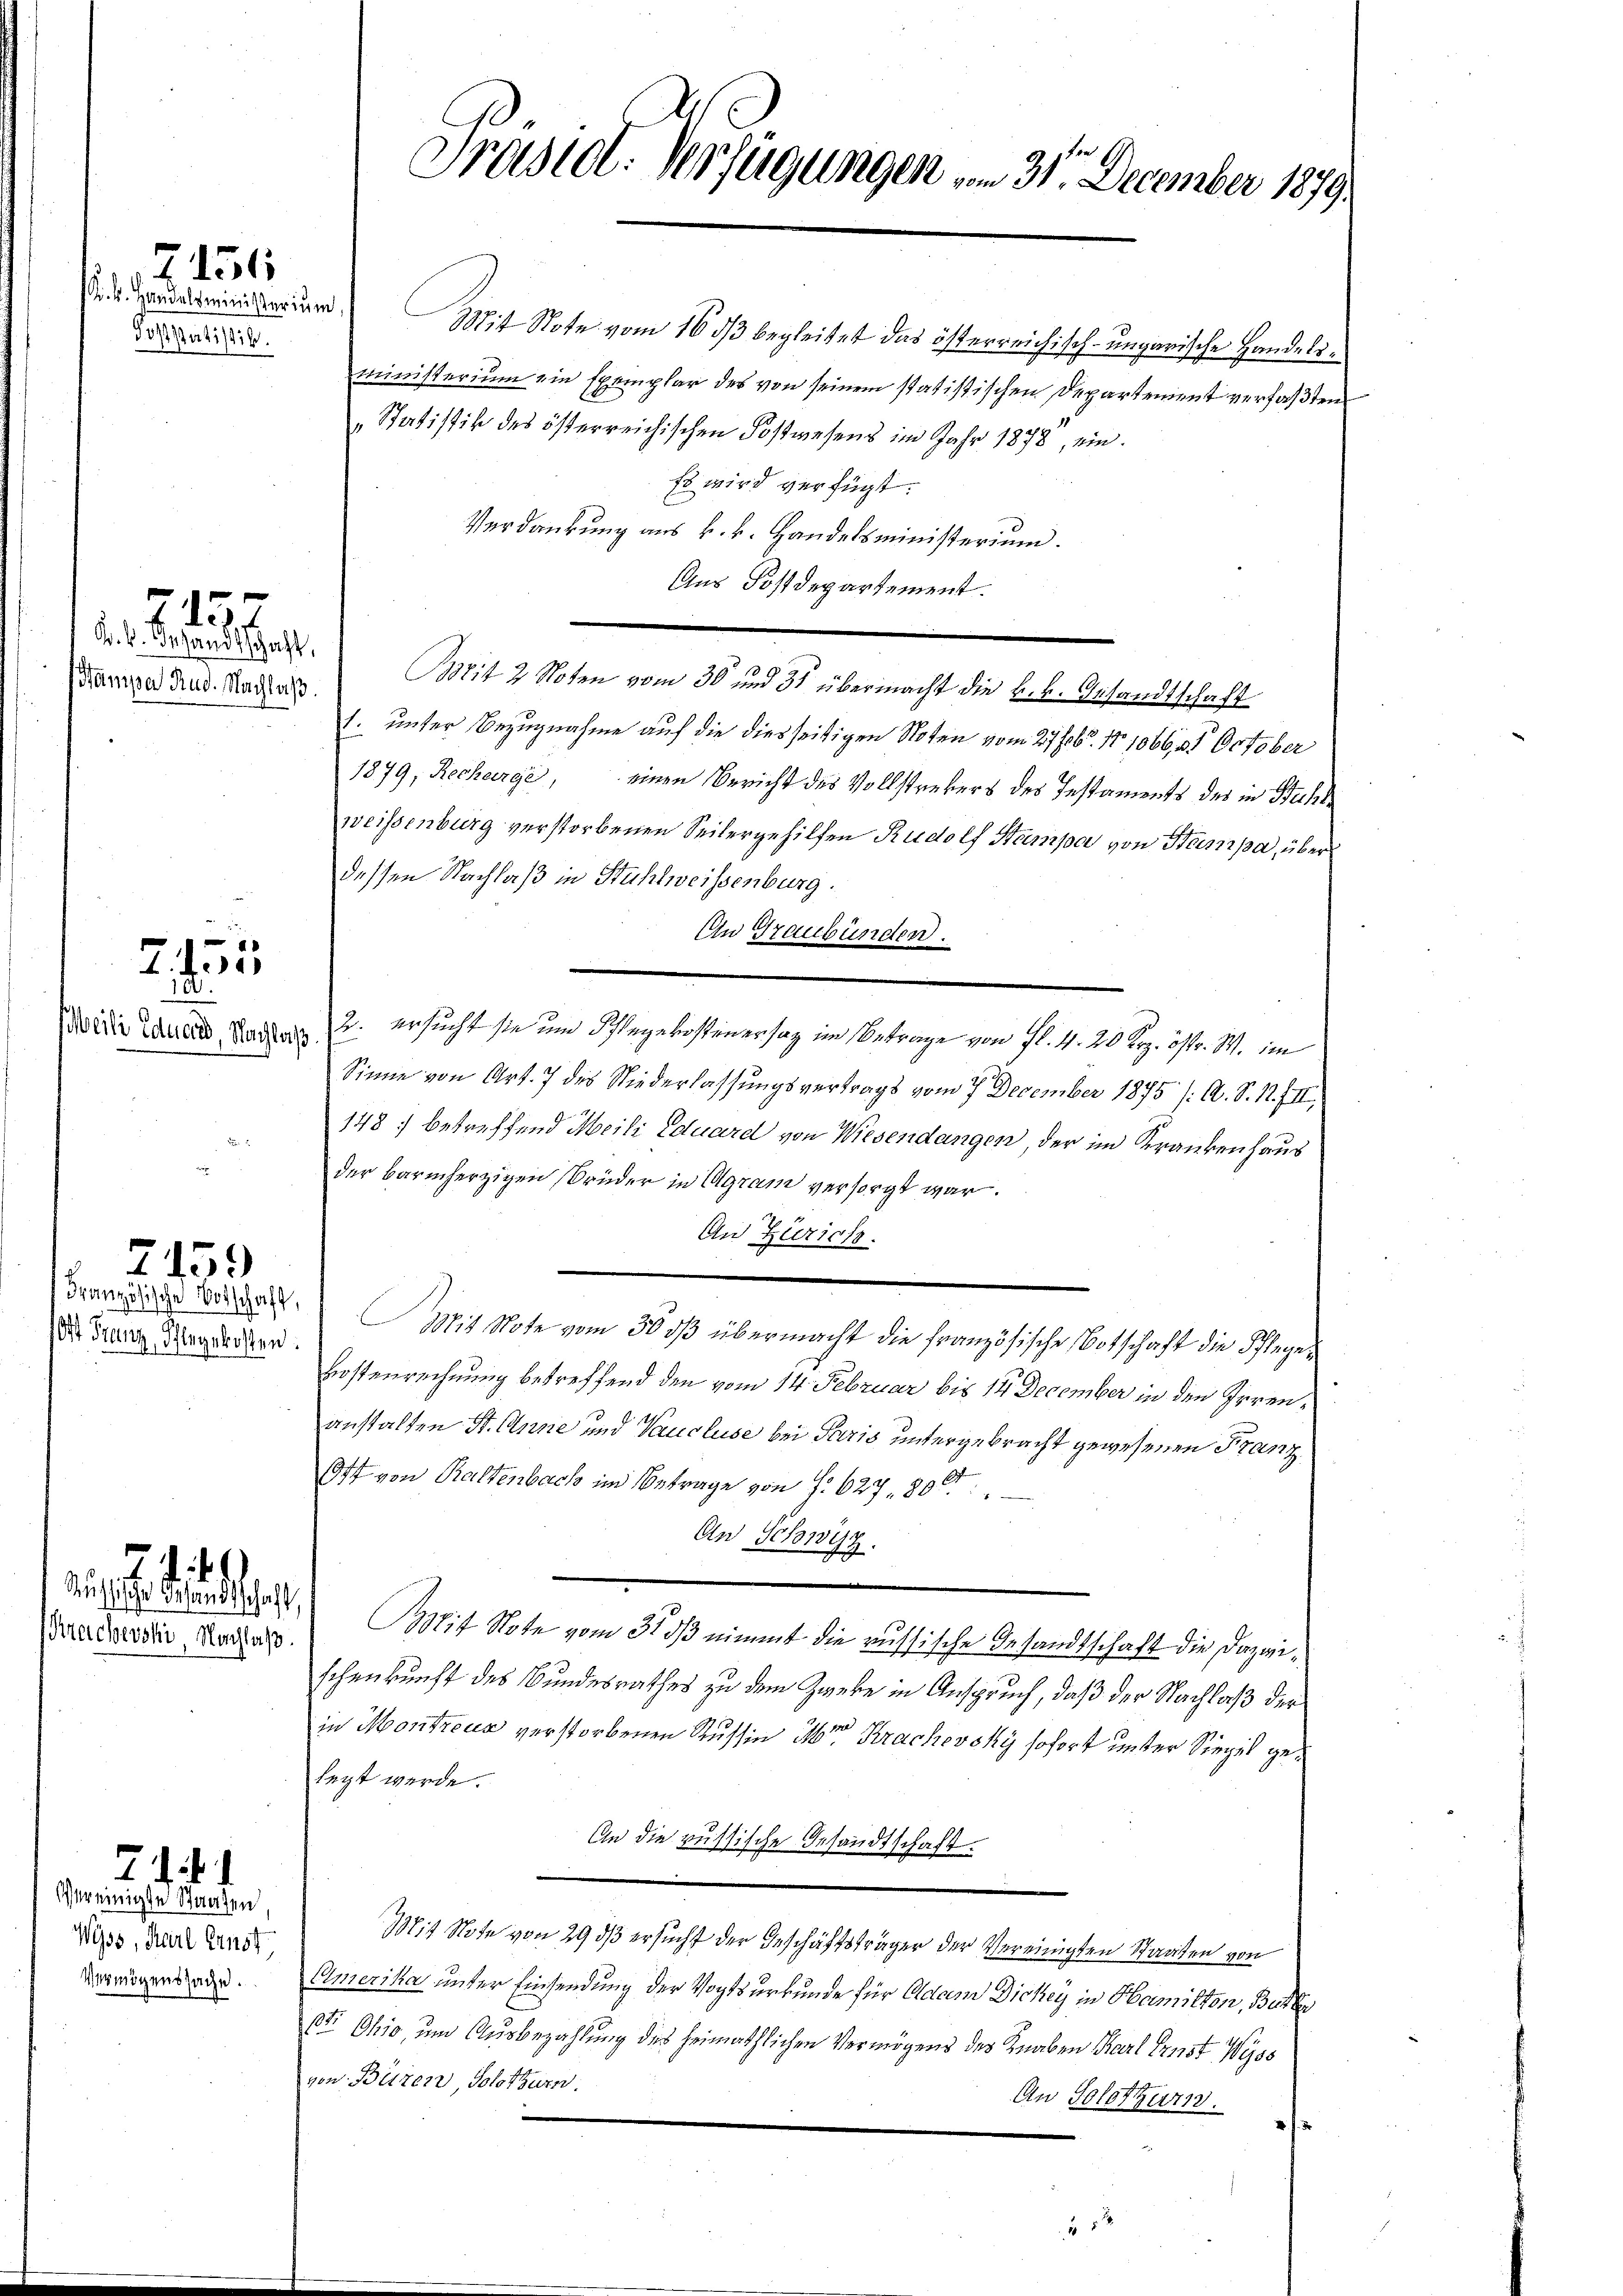
. k. Handelsministerium
Joststatistik.

7157

. . .

7.155

7151

Kr. k. Gesandtschaft,
Hanipar Rud. Nachlaß.

2
eili Eduard, Nachlaß.

745.

Vereinigte Staaten
Wyss, Karl Ernst,
Vermögenssache.

71. 1

ot Franz, Pflegekosten.

uchischer Gesandtschaft,

Mit Note vom 16. dβ begleitet das österreichisch-ungarische Handeliministerium ein Exemplar des von seinem statistischen Departement verfaßten
„Statistik des österreichischen Postwesens im Jahr 1878, ein¬
Es wird verfügt:
Verdankung aus k. k. Handelsministerium.
Aus Postdepartement.
Mit 2 Noten vom 30 und 31 übermacht die k.k. Gesandtschaft
l. unter Bezugnahme auf die diesseitigen Noten vom 27 febr. 171066, 31 October
1879, Recharge, einen Bericht des Vollstrekers des Instaments des in Buchsweissenburg verstorbenen Seitergehilfen Rudolf Stampa von Hampa, über
dessen Nachlaß in Stuhlweissenburg.
An Graubünden.
2. ersucht sie und Pflegekosten er sag im Betrage von fl. 4. 20 Koz. Ostr. W. im
Sinne von Art. 7 des Niederlassungsvertrags vom 7. December 1875 /A. S. 12. III,
148 : betreffend Meili Eduard von Wiesendangen, der im Krankenhaus
der barmherzigen Brüder in Agram versorgt war.
An Zürich.
Brande der Mit Note vom 300 übermacht die französische Botschaft die Pflegekostenrechnung betreffend den vom 14. Februar bis 14 December in den Irrenanstalten St. Anne und Vaucluse bei Paris untergebracht gewesenen Franz¬
Ott von Rattenbach im Betrage von f. 627, 800
An Schwyz.
e
Dadarste Nachan. Mit Note vom 313 nimmt die russische Gesandtschaft die Dazwischenkunft des Bundesrathes zu dem Zweke in Anspruch, daß der Nachlaß der
in Montreux verstorbenen Russin irre Krachewsky sofort unter Siegel gelegt werde.
Ain die russische Gesandtschaft.
Mit Note von 29 dß ersucht der Geschäftsträger der Vereinigten Staaten von
Amerika unter Einsendung der Vogtsurkunde für Adam Dickey in Harmitten, Butter
pt Ohio, um Ausbezahlung des heimathlichen Vermögens des Knaben Karl Ernst Wyss
von Büren, Solothurn.
An Solothurn.
m
2

Präsid. Verfügungen vom 31. December 1879.